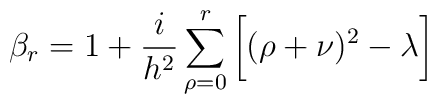
{\beta}_r= 1 +\frac{i}{h^2}\sum^r_{\rho =0}\bigg[(\rho +\nu)^2-\lambda\bigg]